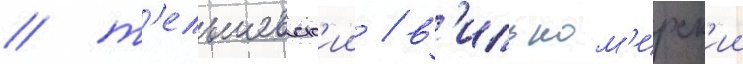
/ т'ельшевск'ии / в'ильком'ирск'ии